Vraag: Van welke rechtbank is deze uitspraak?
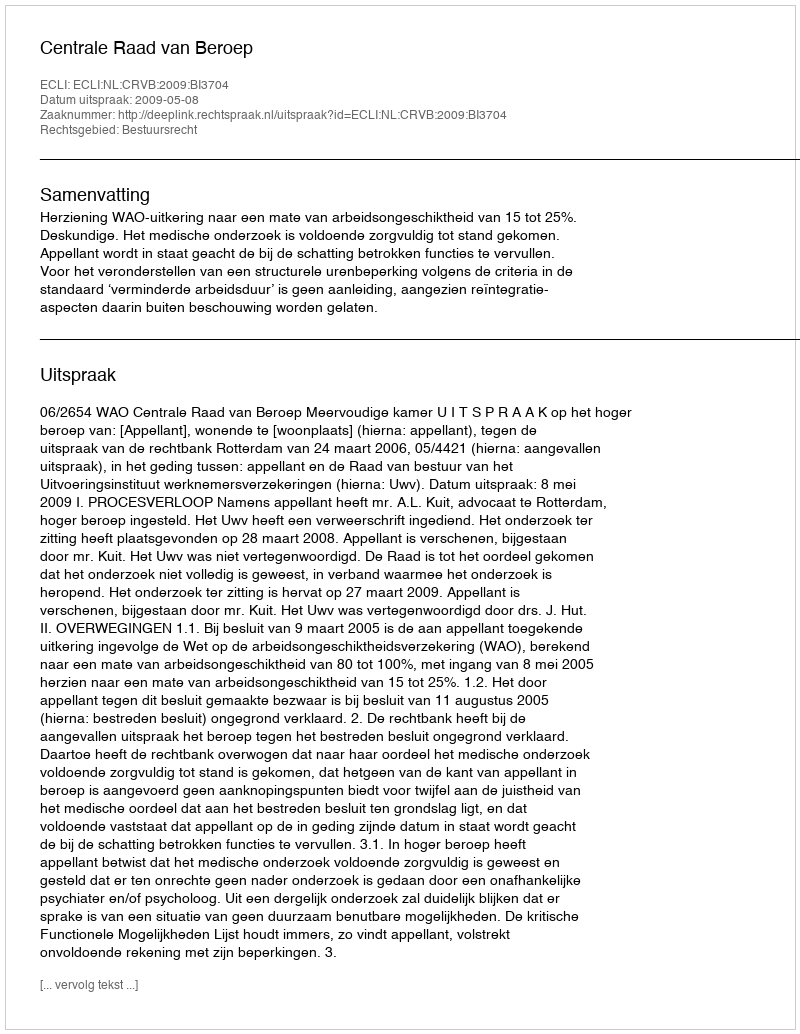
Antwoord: Centrale Raad van Beroep